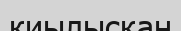
киылысқан